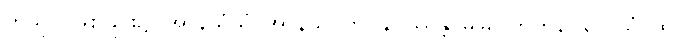
ကုသိုလ်ဖြစ်ခြင်း၌။ အာနိသံသံ၊ အာနိသင်ကို။ နပဿန္တိ၊ မမြင်ကြကုန်။ တေသံ၊ ထို